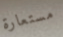
مستعارة